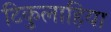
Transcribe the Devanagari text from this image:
टिकुलाहिया